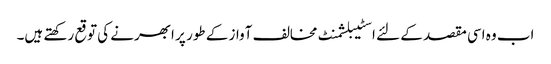
اب وہ اسی مقصد کے لئے اسٹیبلشمنٹ مخالف آواز کے طور پر ابھرنے کی توقع رکھتے ہیں۔